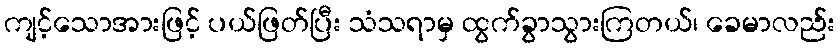
ကျင့်သောအားဖြင့် ပယ်ဖြတ်ပြီး သံသရာမှ ထွက်ခွာသွားကြတယ်၊ ခေမာလည်း